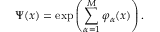
\Psi ( x ) = \exp \left( \sum _ { \alpha = 1 } ^ { M } \varphi _ { \alpha } ( x ) \right) .